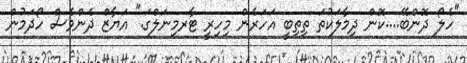
"ހެލޯ ދޮންބޭ....ކޮން ދިމާލަކުތަ ތިތިބީ އަހަރެން މިހިރީ ޓާރމިނަލްގަ." އަޔާޒް ދެންވެސް ހޯދަމުން